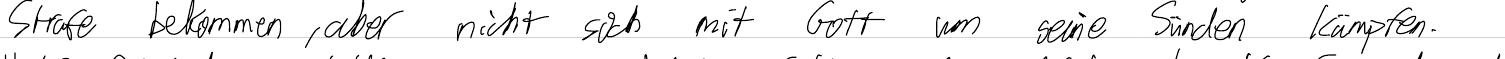
Strafe bekommen, aber nicht sich mit Gott um seine Sünden kämpfen.